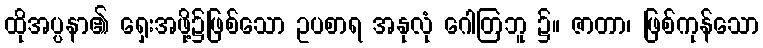
ထိုအပ္ပနာ၏ ရှေးအဖို့၌ဖြစ်သော ဥပစာရ အနုလုံ ဂေါတြဘူ ၌။ ဇာတာ၊ ဖြစ်ကုန်သော